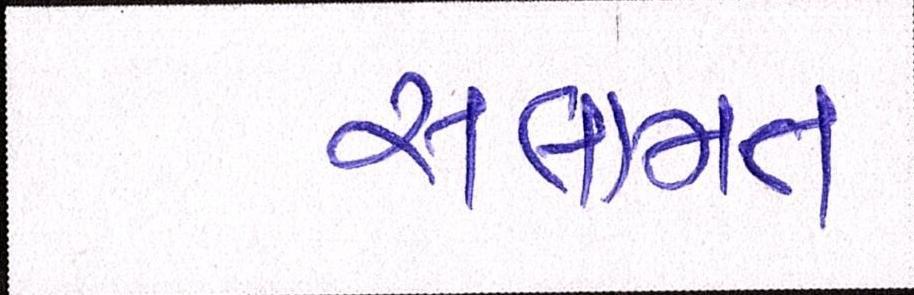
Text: સલામત